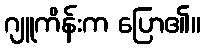
ဂျူကိန်းက ပြော၏။